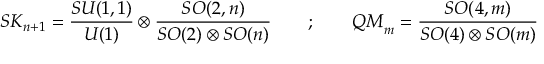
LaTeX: { \cal S K } _ { n + 1 } = \frac { S U ( 1 , 1 ) } { U ( 1 ) } \otimes \frac { S O ( 2 , n ) } { S O ( 2 ) \otimes S O ( n ) } \quad \quad ; \quad \quad { \cal Q M } _ { m } = \frac { S O ( 4 , m ) } { S O ( 4 ) \otimes S O ( m ) }